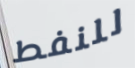
للنفط